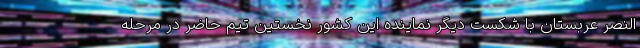
النصر عربستان با شکست دیگر نماینده این کشور نخستین تیم حاضر در مرحله